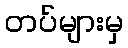
တပ်များမှ